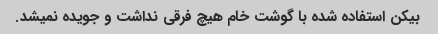
بیکن استفاده شده با گوشت خام هیچ فرقی نداشت و‌ جویده نمیشد.